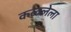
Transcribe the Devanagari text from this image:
कळलेला